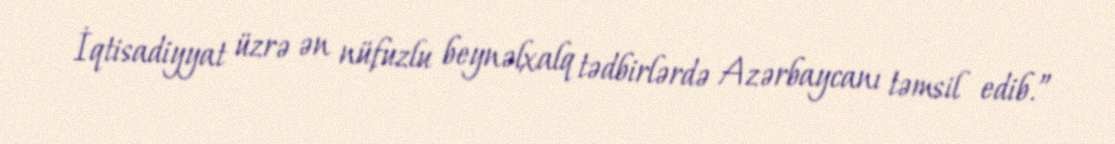
İqtisadiyyat üzrə ən nüfuzlu beynəlxalq tədbirlərdə Azərbaycanı təmsil edib.”